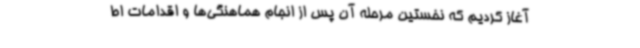
آغاز کردیم که نخستین مرحله آن پس از انجام هماهنگی‌ها و اقدامات اط